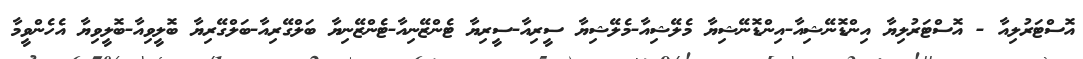
އޮސްޓަރުލިއާ - އޮސްޓަރުލިޔާ އިންޑޮނޭޝިއާ-އިންޑޮނޭޝިޔާ މެލޭޝިއާ-މެލޭޝިޔާ ސީރިއާ-ސީރިޔާ ޓެންޒޭނިއާ-ޓެންޒޭނިޔާ ބަލްގޭރިއާ-ބަލްގޭރިޔާ ބޮލީވިއާ-ބޮލީވިޔާ އެހެންވީމާ